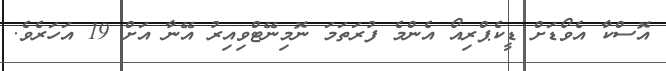
އޮސްކާ އެވޯޑަށް ޑީކެޕްރިއޯ އެންމެ ފުރަތަމަ ނޮމިނޭޓްވިއިރު އޭނާ އަށް 19 އަހަރެވެ.